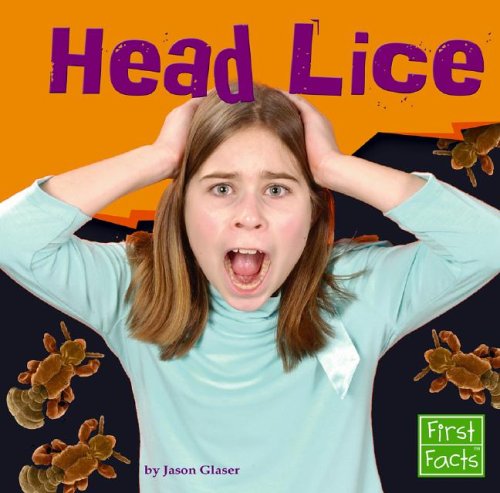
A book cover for Head Lice (First Facts); Glaser; Health, Fitness & Dieting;